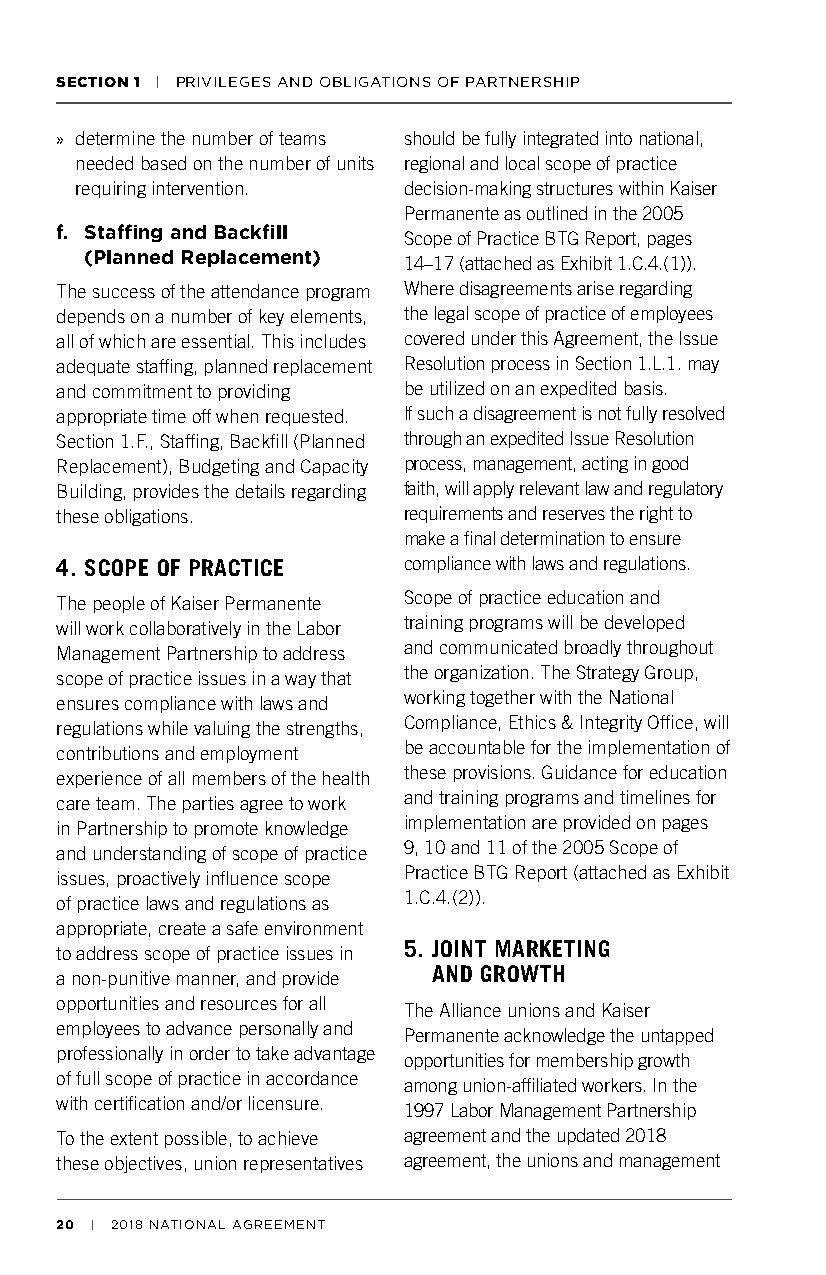
SECTION 1 | PRIVILEGES AND OBLIGATIONS OF PARTNERSHIP
 » determine the number of teams should be fully integrated into national,
 needed based on the number of units regional and local scope of practice
 requiring intervention. decision-making structures within Kaiser
 Permanente as outlined in the 2005
 f. Staffing and Backfill Scope of Practice BTG Report, pages
 (Planned Replacement) 14–17 (attached as Exhibit 1.C.4.(1)).
 The success of the attendance program Where disagreements arise regarding
 depends on a number of key elements, the legal scope of practice of employees
 all of which are essential. This includes covered under this Agreement, the Issue
 adequate staffing, planned replacement Resolution process in Section 1.L.1. may
 and commitment to providing be utilized on an expedited basis.
 appropriate time off when requested. If such a disagreement is not fully resolved
 Section 1.F., Staffing, Backfill (Planned through an expedited Issue Resolution
 Replacement), Budgeting and Capacity process, management, acting in good
 Building, provides the details regarding faith, will apply relevant law and regulatory
 these obligations.     requirements and reserves the right to
 make a final determination to ensure
 4. SCOPE OF PRACTICE   compliance with laws and regulations.
 Scope of practice education and
 The people of Kaiser Permanente
 training programs will be developed
 will work collaboratively in the Labor
 and communicated broadly throughout
 Management Partnership to address
 the organization. The Strategy Group,
 scope of practice issues in a way that
 working together with the National
 ensures compliance with laws and
 Compliance, Ethics & Integrity Office, will
 regulations while valuing the strengths,
 be accountable for the implementation of
 contributions and employment
 these provisions. Guidance for education
 experience of all members of the health
 and training programs and timelines for
 care team. The parties agree to work
 implementation are provided on pages
 in Partnership to promote knowledge
 9, 10 and 11 of the 2005 Scope of
 and understanding of scope of practice
 Practice BTG Report (attached as Exhibit
 issues, proactively influence scope
 1.C.4.(2)).
 of practice laws and regulations as
 appropriate, create a safe environment
 to address scope of practice issues in 5. JOINT MARKETING
 a non-punitive manner, and provide AND GROWTH
 opportunities and resources for all
 The Alliance unions and Kaiser
 employees to advance personally and
 Permanente acknowledge the untapped
 professionally in order to take advantage
 opportunities for membership growth
 of full scope of practice in accordance
 among union-affiliated workers. In the
 with certification and/or licensure.
 1997 Labor Management Partnership
 To the extent possible, to achieve agreement and the updated 2018
 these objectives, union representatives agreement, the unions and management
 20 | 2018 NATIONAL AGREEMENT